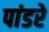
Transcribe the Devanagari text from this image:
पांडरे